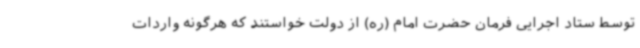
توسط ستاد اجرایی فرمان حضرت امام (ره) از دولت خواستند که هرگونه واردات